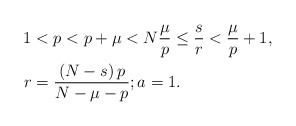
\begin{align*}1 & <p<p+\mu<N\frac{\mu}{p}\leq\frac{s}{r}<\frac{\mu}{p}+1,\\r & =\frac{\left( N-s\right) p}{N-\mu-p};a=1.\end{align*}